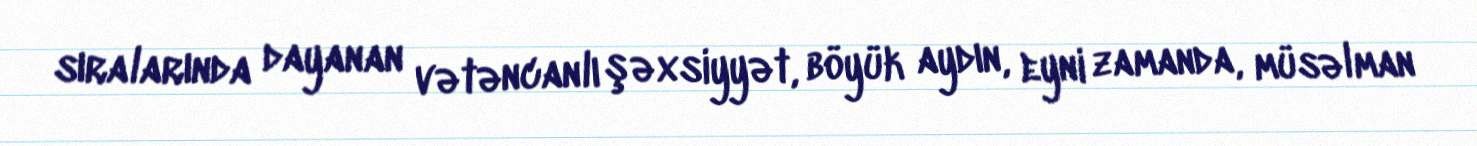
sıralarında dayanan vətəncanlı şəxsiyyət, böyük aydın, eyni zamanda, müsəlman